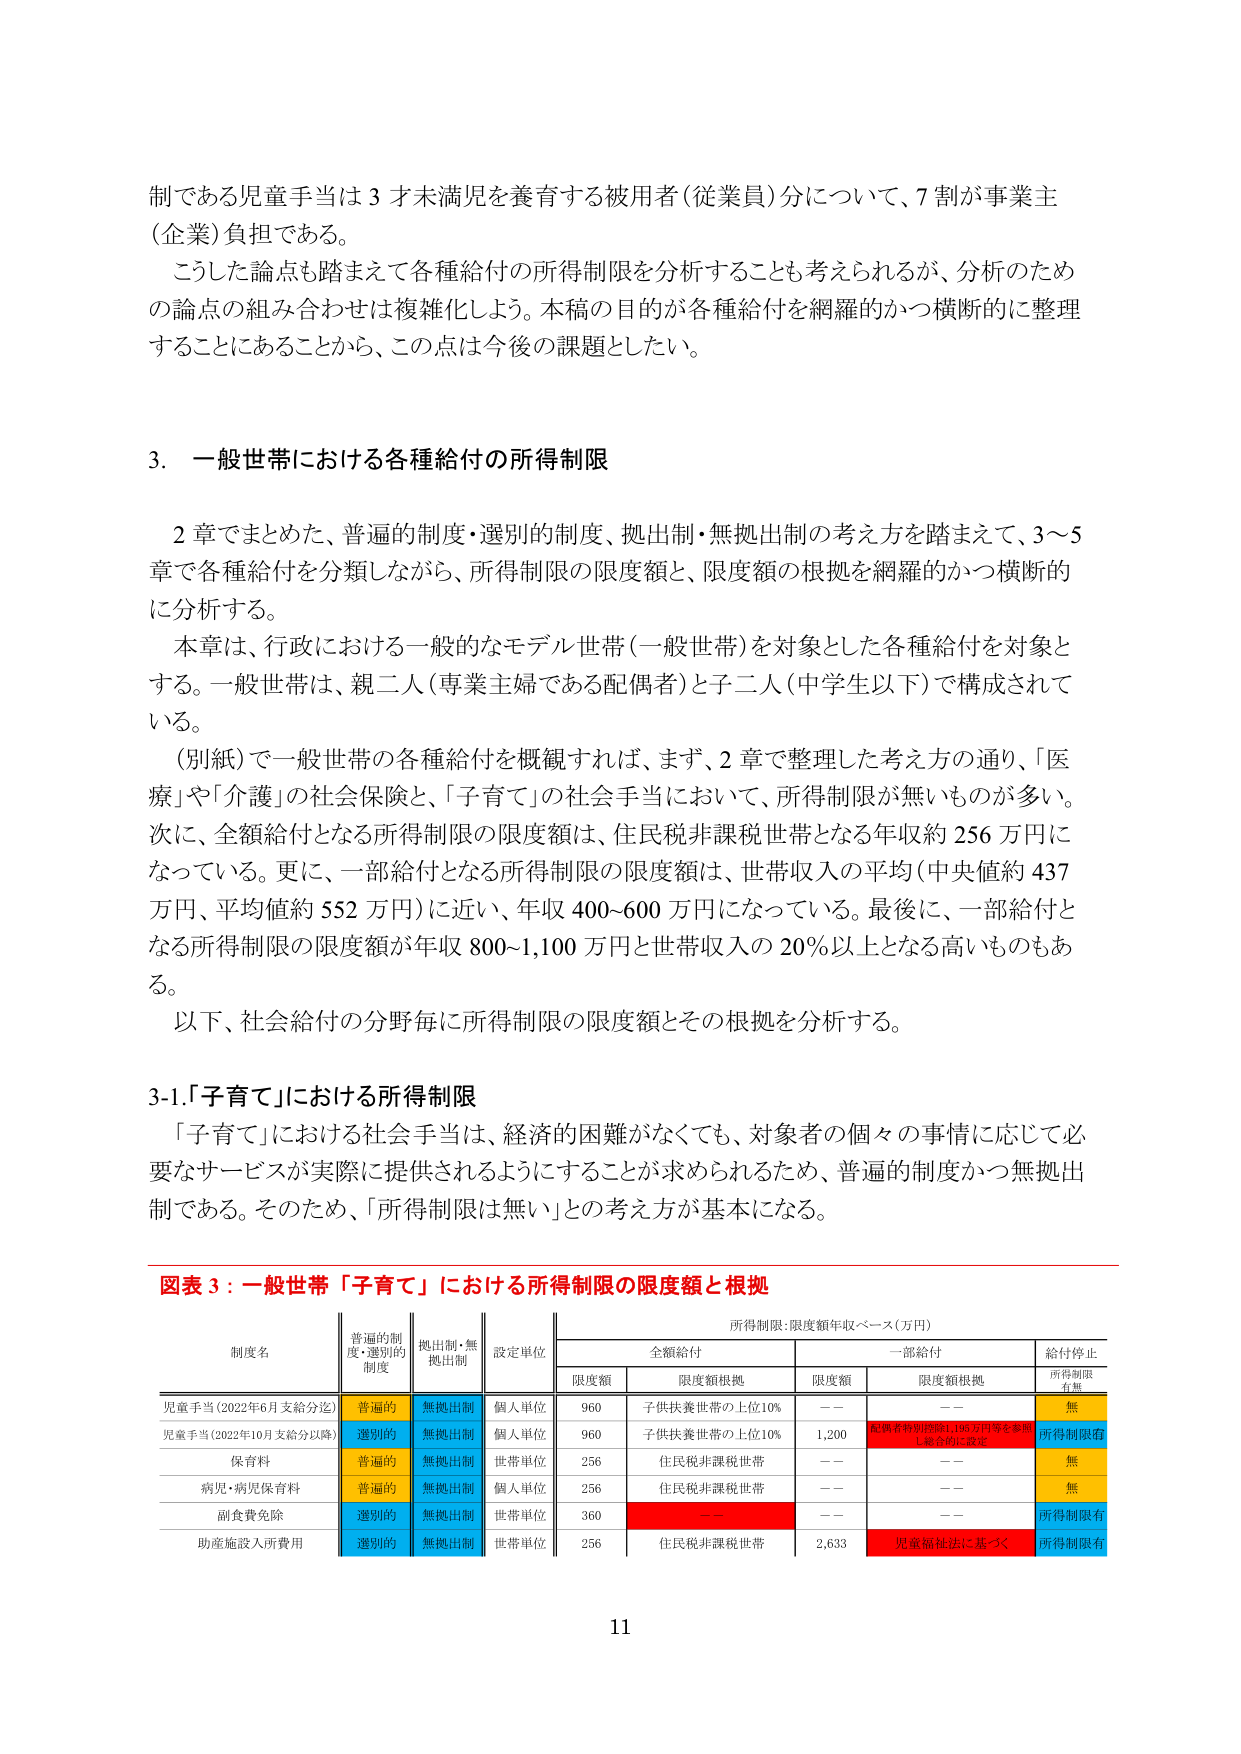
制である児童手当は３才未満児を養育する被用者（従業員）分について、７割が事業主（企業）負担である。

こうした論点も踏まえて各種給付の所得制限を分析することも考えられるが、分析のための論点の組み合わせは複雑化しよう。本稿の目的が各種給付を網羅的かつ横断的に整理することにあることから、この点は今後の課題としたい。

3. 一般世帯における各種給付の所得制限

2章でまとめた、普遍的制度・選別的制度、拠出制・無拠出制の考え方を踏まえて、3～5章で各種給付を分類しながら、所得制限の限度額と、限度額の根拠を網羅的かつ横断的に分析する。

本章は、行政における一般的なモデル世帯（一般世帯）を対象とした各種給付を対象とする。一般世帯は、親二人（専業主婦である配偶者）と子二人（中学生以下）で構成されている。

（別紙）で一般世帯の各種給付を概観すれば、まず、2章で整理した考え方の通り、「医療」や「介護」の社会保険と、「子育て」の社会手当において、所得制限が無いものが多い。次に、全額給付となる所得制限の限度額は、住民税非課税世帯となる年収約256万円になっている。更に、一部給付となる所得制限の限度額は、世帯収入の平均（中央値約437万円、平均値約552万円）に近い、年収400～600万円になっている。最後に、一部給付となる所得制限の限度額が年収800～1,100万円と世帯収入の20％以上となる高いものもある。

以下、社会給付の分野毎に所得制限の限度額とその根拠を分析する。

3-1.「子育て」における所得制限

「子育て」における社会手当は、経済的困難がなくても、対象者の個々の事情に応じて必要なサービスが実際に提供されるようにすることが求められるため、普遍的制度かつ無拠出制である。そのため、「所得制限は無い」との考え方が基本になる。

図表3：一般世帯「子育て」における所得制限の限度額と根拠

所得制限：限度額年収ベース（万円）

| 制度名 | 普遍的制度・選別的制度 | 拠出制・無拠出制 | 設定単位 | 全額給付 | 一部給付 | 給付停止 |
|--------|------------------------|------------------|----------|----------|----------|----------|
|        |                        |                  |          | 限度額   | 限度額根拠 | 限度額   | 限度額根拠 | 所得制限有無 |
| 児童手当（2022年6月支給分迄） | 普遍的 | 無拠出制 | 個人単位 | 960 | 子供扶養世帯の上位10% | —— | —— | 無 |
| 児童手当（2022年10月支給分以降） | 選別的 | 無拠出制 | 個人単位 | 960 | 子供扶養世帯の上位10% | 1,200 | 配偶者特別控除1,195万円等を参照し総合的に設定 | 所得制限有 |
| 保育料 | 普遍的 | 無拠出制 | 世帯単位 | 256 | 住民税非課税世帯 | —— | —— | 無 |
| 病児・病児保育料 | 普遍的 | 無拠出制 | 個人単位 | 256 | 住民税非課税世帯 | —— | —— | 無 |
| 副食費免除 | 選別的 | 無拠出制 | 世帯単位 | 360 | —— | —— | —— | 所得制限有 |
| 助産施設入所費用 | 選別的 | 無拠出制 | 世帯単位 | 256 | 住民税非課税世帯 | 2,633 | 児童福祉法に基づく | 所得制限有 |

11